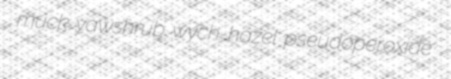
muck yawshrub wych-hazel pseudoperoxide